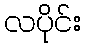
လပိုင်း